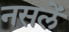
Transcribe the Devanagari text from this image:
नसलें